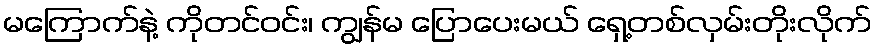
မကြောက်နဲ့ ကိုတင်ဝင်း၊ ကျွန်မ ပြောပေးမယ် ရှေ့တစ်လှမ်းတိုးလိုက်